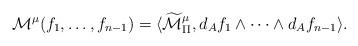
LaTeX: \begin{align*} \mathcal{M}^\mu(f_1,\ldots,f_{n-1})=\langle\widetilde{\mathcal{M}}_\Pi^\mu,d_{A}f_1\wedge\cdots\wedge d_{A}f_{n-1}\rangle.\end{align*}